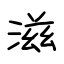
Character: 滋